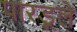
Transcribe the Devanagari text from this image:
पारडूले